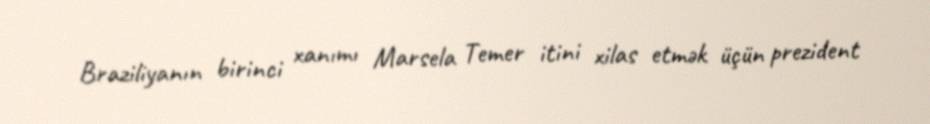
Braziliyanın birinci xanımı Marsela Temer itini xilas etmək üçün prezident